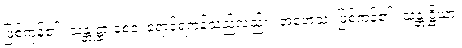
ဖြစ်ကုန်၏။ သန္တုဋ္ဌာ စေဝ၊ ရောင့်ရဲကုန်သည်လည်း။ အဟေသုံ၊ ဖြစ်ကုန်၏။ သန္တုဋ္ဌိယာ၊